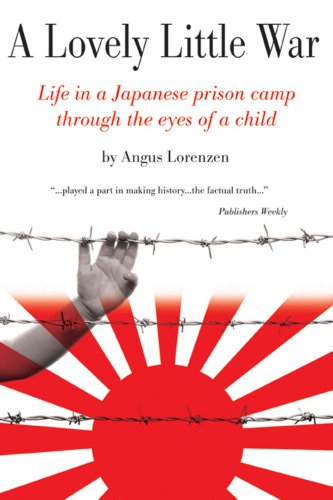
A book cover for A Lovely Little War: Life through the eyes of a child imprisoned in a Japanese internment camp.; Angus Lorenzen; History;